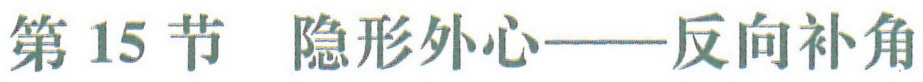
第 15 节 隐形外心——反向补角